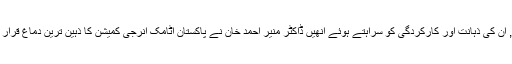
ڈاکٹر غلام دستگیر عالم 1937 کو ہریانہ ( برٹش انڈیا ) میں پیدا ہوئے, ان کی ذہانت اور کارکردگی کو سراہتے ہوئے انھیں ڈاکٹر منیر احمد خان نے پاکستان اٹامک انرجی کمیشن کا ذہین ترین دماغ قرار دیا, جس کے لیے بڑے سے بڑا مسئلہ حل کرنا کبھی مشکل نہ رہا تھا۔